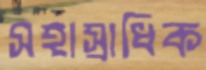
সহাস্রাধিক